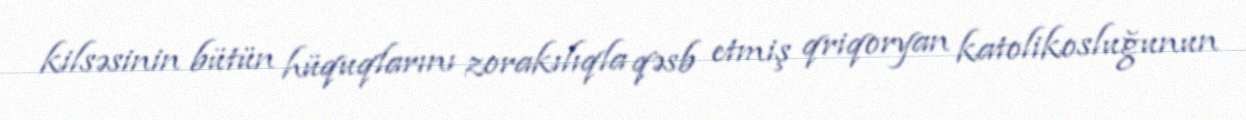
kilsəsinin bütün hüquqlarını zorakılıqla qəsb etmiş qriqoryan katolikosluğunun